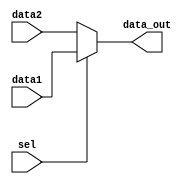
module mux(
            input[31:0] data1,
            input[31:0] data2,
            input sel,
            output[31:0] data_out
          );
          assign data_out=sel?data1:data2;
endmodule     

module adder_32(
                 input cin,
                 input[31:0] data1,
                 input[31:0] data2,
                 output[31:0] data_out,
                 output cout,
                 output is_zero
               );
               wire[6:0] carry;
               LCA_adder LCA_adder1(
										                  .a(data1[3:0]),
										                  .b(data2[3:0]),
										                  .cin(cin),
										                  .s(data_out[3:0]),
										                  .cout(carry[0])
										                );
               LCA_adder LCA_adder2(
										                  .a(data1[7:4]),
										                  .b(data2[7:4]),
										                  .cin(carry[0]),
										                  .s(data_out[7:4]),
										                  .cout(carry[1])
										                ); 
							 LCA_adder LCA_adder3(
										                  .a(data1[11:8]),
										                  .b(data2[11:8]),
										                  .cin(carry[1]),
										                  .s(data_out[11:8]),
										                  .cout(carry[2])
										                );
							 LCA_adder LCA_adder4(
										                  .a(data1[15:12]),
										                  .b(data2[15:12]),
										                  .cin(carry[2]),
										                  .s(data_out[15:12]),
										                  .cout(carry[3])
										                );	
							 LCA_adder LCA_adder5(
										                  .a(data1[19:16]),
										                  .b(data2[19:16]),
										                  .cin(carry[3]),
										                  .s(data_out[19:16]),
										                  .cout(carry[4])
										                );	
							 LCA_adder LCA_adder6(
										                  .a(data1[23:20]),
										                  .b(data2[23:20]),
										                  .cin(carry[4]),
										                  .s(data_out[23:20]),
										                  .cout(carry[5])
										                );
							 LCA_adder LCA_adder7(
										                  .a(data1[27:24]),
										                  .b(data2[27:24]),
										                  .cin(carry[5]),
										                  .s(data_out[27:24]),
										                  .cout(carry[6])
										                );
							 LCA_adder LCA_adder8(
										                  .a(data1[31:28]),
										                  .b(data2[31:28]),
										                  .cin(carry[6]),
										                  .s(data_out[31:28]),
										                  .cout(cout)
										                );			                			                			                		                		                			                
               assign is_zero=~(|data_out);
endmodule

module shifter(
                input[31:0] data_in,
                input[4:0] sh,
                input[1:0] sh_order,
                output reg[31:0] data_out          
              );
              always@(*)
              begin
              		case(sh_order)
              		2'b00:data_out<=data_in<<sh;//
              		2'b01:data_out<=data_in>>sh;//
              		2'b10:data_out<=({32{data_in[31]}}<<sh)|(data_in>>sh);//
              		endcase
              end
endmodule

module negative_num(
                     input[31:0] data_in,
                     output[31:0] data_out
                   );//
                   assign data_out=(~data_in)+1;
endmodule


module LCA_adder(
                  input[3:0] a,
                  input[3:0] b,
                  input cin,
                  output[3:0] s,
                  output cout
                );
                wire[3:0] carry_out;
                wire[3:0] G;
                wire[3:0] P;
                assign G=a&b;
                assign P=a^b;
                //C[i]=G[i]|(P[i]&C[i-1])
                assign carry_out[0]=G[0]|(P[0]&cin);
                assign carry_out[1]=G[1]|(P[1]&G[0])|(P[1]&P[0]&cin);
                assign carry_out[2]=G[2]|(P[2]&G[1])|(P[2]&P[1]&G[0])|(P[2]&P[1]&P[0]&cin);
                assign carry_out[3]=G[3]|(P[3]&G[2])|(P[3]&P[2]&G[1])|(P[3]&P[2]&P[1]&G[0])|(P[3]&P[2]&P[1]&P[0]&cin);
                assign s=P^{carry_out[2:0],cin};
                assign cout=carry_out[3];
endmodule